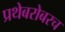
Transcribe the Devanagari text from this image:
प्रथेबरोबरच